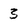
Character: 3